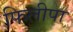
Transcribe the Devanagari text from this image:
फिलीपा